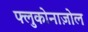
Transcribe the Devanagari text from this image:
फ्लुकोनाज़ोल